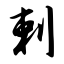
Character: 剌